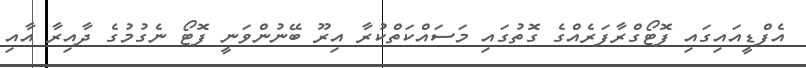
އެފްޑީއައިގައި ފޮޓޯގްރާފަރެއްގެ ގޮތުގައި މަސައްކަތްކުރާ އިރޫ ބޭނުންވަނީ ފޮޓޯ ނެގުމުގެ ދާއިރާ އާއި